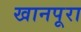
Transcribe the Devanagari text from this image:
खानपूरा